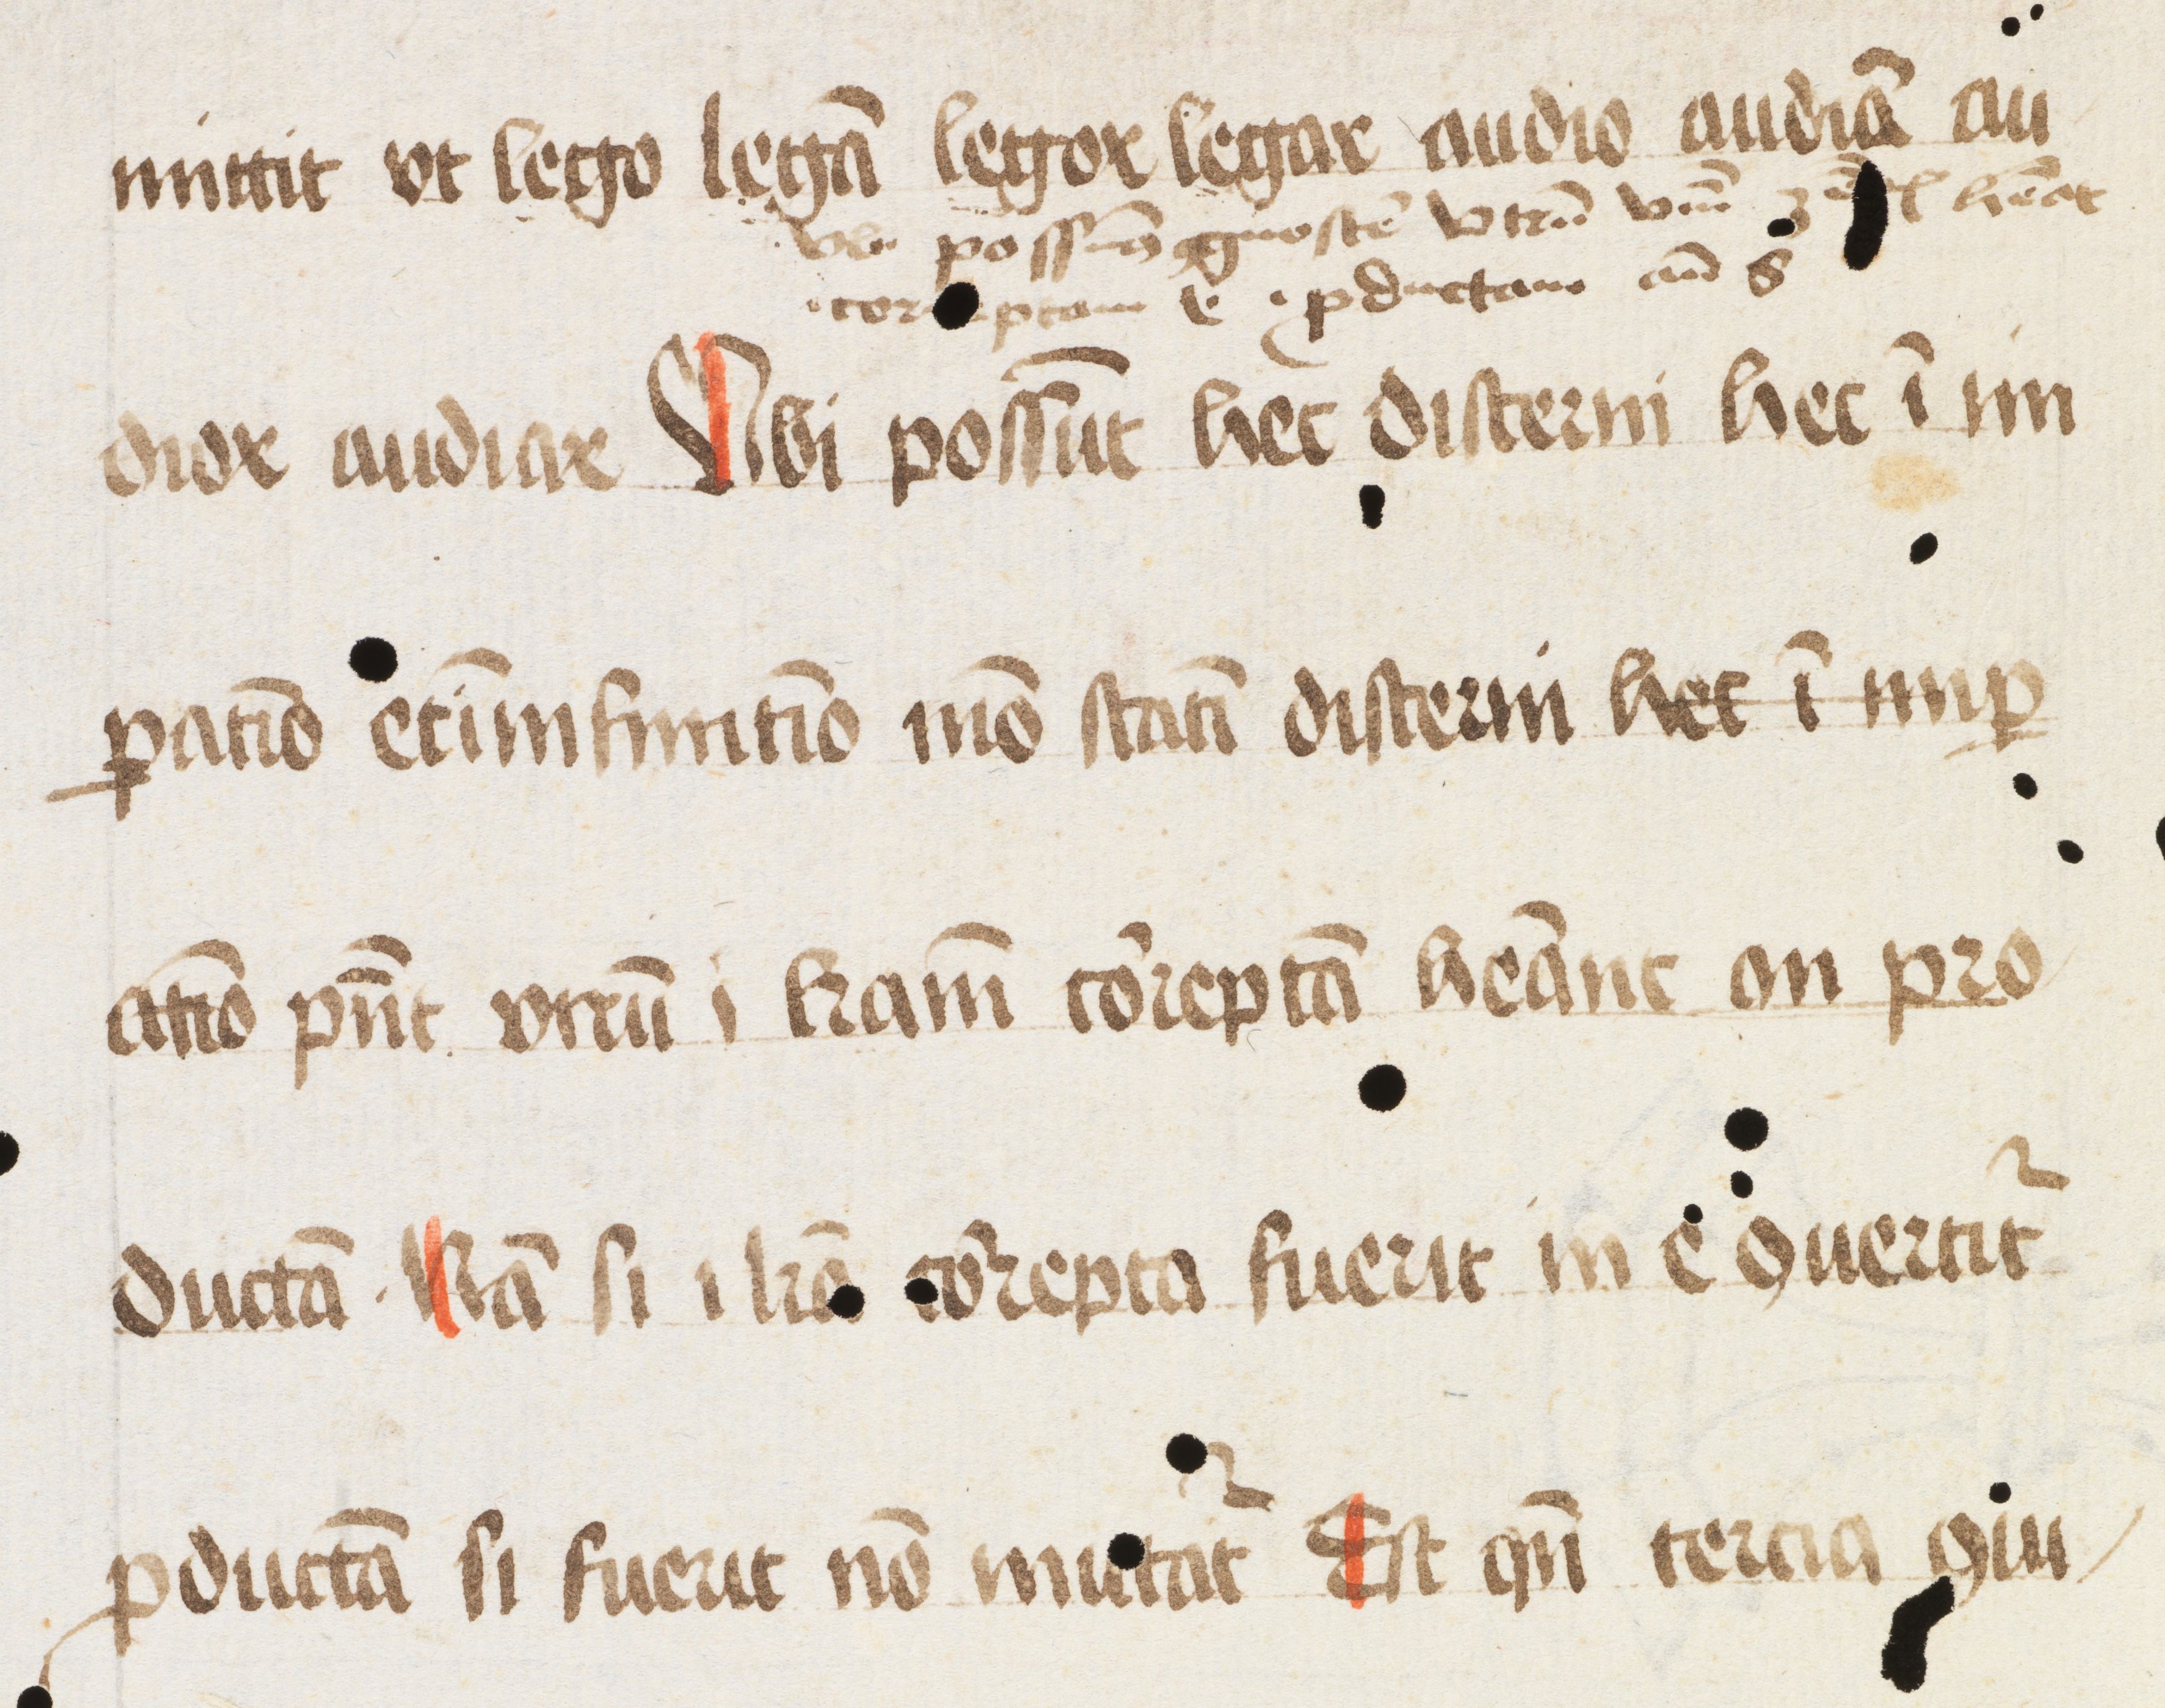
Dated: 1475–1499